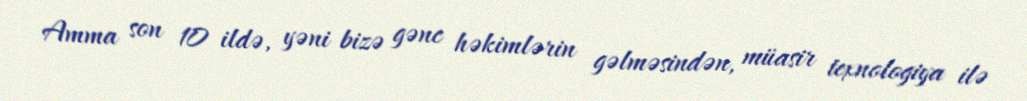
Amma son 10 ildə, yəni bizə gənc həkimlərin gəlməsindən, müasir texnologiya ilə